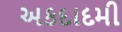
અકદાદમી